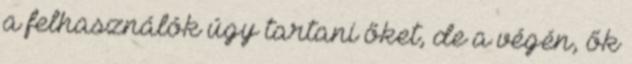
a felhasználók úgy tartani őket, de a végén, ők